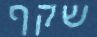
שקף